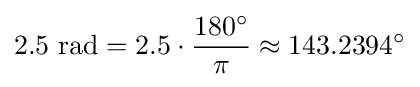
2.5{\text{ rad}}=2.5\cdot {\frac {180^{\circ }}{\pi }}\approx 143.2394^{\circ }